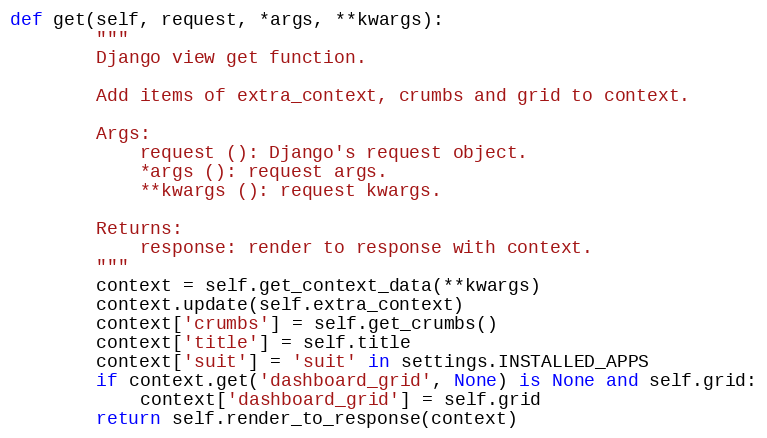
Language: Python
def get(self, request, *args, **kwargs):
        """
        Django view get function.

        Add items of extra_context, crumbs and grid to context.

        Args:
            request (): Django's request object.
            *args (): request args.
            **kwargs (): request kwargs.

        Returns:
            response: render to response with context.
        """
        context = self.get_context_data(**kwargs)
        context.update(self.extra_context)
        context['crumbs'] = self.get_crumbs()
        context['title'] = self.title
        context['suit'] = 'suit' in settings.INSTALLED_APPS
        if context.get('dashboard_grid', None) is None and self.grid:
            context['dashboard_grid'] = self.grid
        return self.render_to_response(context)